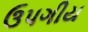
ઉપગીય